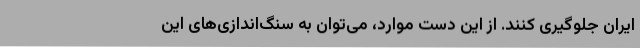
ایران جلوگیری کنند. از این دست موارد، می‌توان به سنگ‌اندازی‌های این